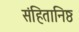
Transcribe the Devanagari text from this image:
संहितानिष्ठ